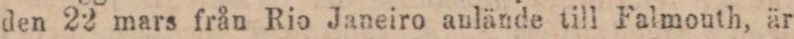
den 22 mars från Rio Janeiro aulände till Falmouth, är